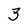
Character: 3